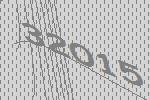
32015